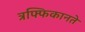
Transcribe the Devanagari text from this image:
त्रफ्फिकानते